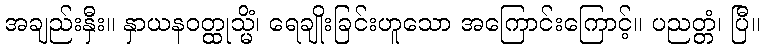
အချည်းနှီး။ နှာယနဝတ္ထုသ္မိံ၊ ရေချိုးခြင်းဟူသော အကြောင်းကြောင့်။ ပညတ္တံ၊ ပြီ။